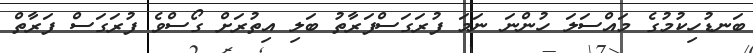
ބަނޑުހިކުމުގެ މައްސަލަ ހުންނަ ނަމަ ފުރަގަސްފަރާތު ބަލި އިތުރަށް ގޯސްވެ ފުރަގަސް ފަރާތް